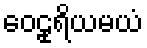
ဝေဠုရိယမယံ